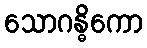
သောဂန္ဓိကော